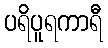
ပရိပူရကာရီ